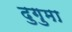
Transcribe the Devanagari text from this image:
दुगुमा